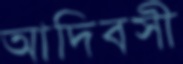
আদিবসী